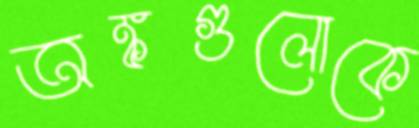
অঙ্কগুলোকে